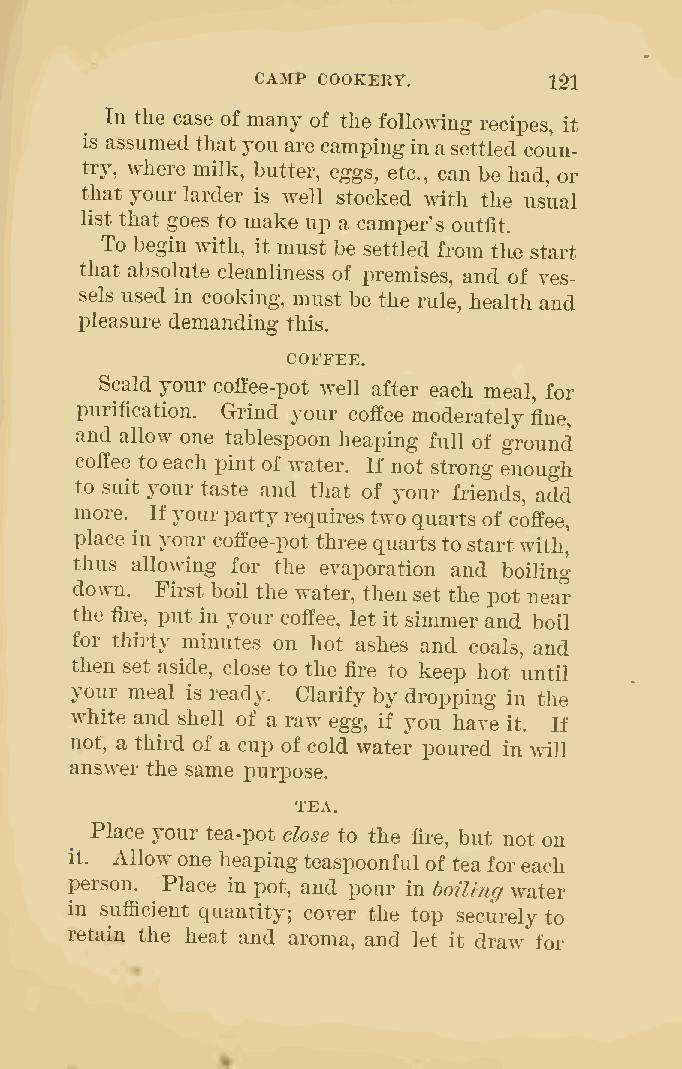
ca:mp cookery.
 131
 In the case of many of the following recipes, it
 is assumed that you are campingin asettled coun-
 try, where milk, butter, eggs, etc., can be had, or
 that your larder is well stocked Avith the usual
 list that goes to make up a camper's outfit.
 To begin with, it must be settled from tlie start
 that absolute cleanliness of premises, and of ves-
 sels used in cooking, must be the rule, health and
 pleasure demanding this.
 COFFEE.
 Scald your colfee-pot well after each meal, for
 purification. Grind your coffee moderately fine,
 and allow one tablespoon heaping full of ground
 coffee toeach pint of water. If not strong enough
 to suit your taste and that of your friends, add
 more. Ifyourparty requires two quarts of coffee,
 place in your coffee-pot three quartsto startwith,
 thus allowing for the evaporation and boiling
 down. First boil the water, then set the pot near
 the fire, put in your coffee, let it simmer and boil
 for thirty minutes on hot ashes and coals, and
 then set aside, close to the fire to keep hot until
 your meal is ready. Clarify by dropping in the
 white and shell of a raw egg, if you have it. If
 not, a third of a cup of cold water poured in will
 answer the same purpose.
 TEA.
 Place your tea-pot close to the fire, but not on
 it. Allowone heaping teaspoonful of teaforeach
 person. Place in pot, and ponr in boiling water
 in sufficient quantity; cover the top securely to
 retain the heat and aroma, and let it draw for